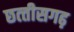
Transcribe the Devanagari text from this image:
छत्‍तीसगढ़़